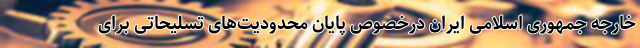
خارجه جمهوری اسلامی ایران درخصوص پایان محدودیت‌های تسلیحاتی برای